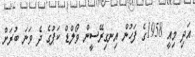
އަދި މިއީ 1958ގެ ފަހުން އިނގިރޭސީން ވޯލްޑް ކަޕުގެ ދެ ވަނަ ބުރަށް